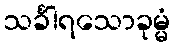
သင်္ခါရသောခုမ္မံ